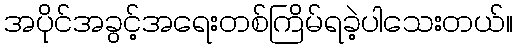
အပိုင်အခွင့်အရေးတစ်ကြိမ်ရခဲ့ပါသေးတယ်။